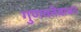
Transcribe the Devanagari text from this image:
गुणवत्तेबाबत